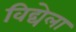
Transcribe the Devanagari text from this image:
विद्येला